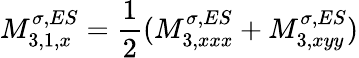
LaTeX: M_{3,1,x}^{\sigma,ES}=\frac{1}{2}(M_{3,xxx}^{\sigma,ES}+M_{3,xyy}^{\sigma,ES})